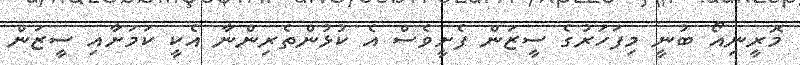
މޮރީނިއޯ ބުނީ މިފަހަރުގެ ސީޒަން ފެށީވެސް އެ ކުޅުންތެރިންނާ އެކީ ކަމަށާއި ސީޒަން